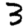
Digit: 3